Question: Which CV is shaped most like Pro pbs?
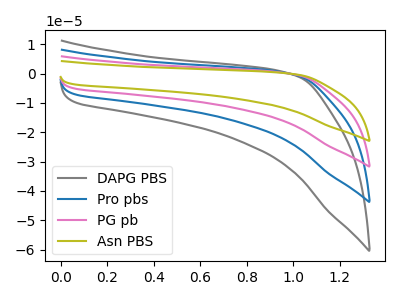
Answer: <think>The gray curve "DAPG PBS" has no peaks. The blue curve "Pro pbs" has no peaks. The pink curve "PG pb" has no peaks. The olive curve "Asn PBS" has no peaks.
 Neither "DAPG PBS" or "Pro pbs" have any peaks. Neither "DAPG PBS" or "PG pb" have any peaks. Neither "DAPG PBS" or "Asn PBS" have any peaks. Neither "Pro pbs" or "PG pb" have any peaks. Neither "Pro pbs" or "Asn PBS" have any peaks. Neither "PG pb" or "Asn PBS" have any peaks.</think>
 <answer>"Pro pbs", "PG pb" and "Asn PBS" have a similar shape to "DAPG PBS".</answer>
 <eval>"Pro pbs" "PG pb" "Asn PBS"</eval>